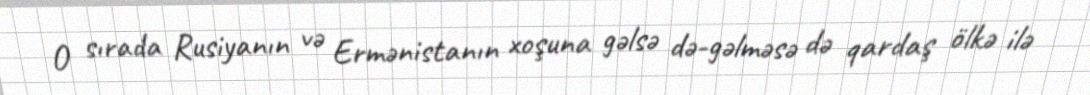
O sırada Rusiyanın və Ermənistanın xoşuna gəlsə də-gəlməsə də qardaş ölkə ilə